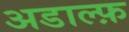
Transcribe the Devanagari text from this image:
अडाल्फ़